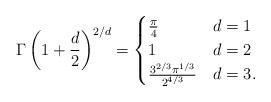
LaTeX: \begin{align*}\Gamma\left(1+\frac{d}{2}\right)^{2/d}=\begin{cases} \frac{\pi}{4} & d=1 \\ 1 & d=2 \\\frac{3^{2/3}\pi^{1/3}}{2^{4/3}} & d=3 .\end{cases}\end{align*}